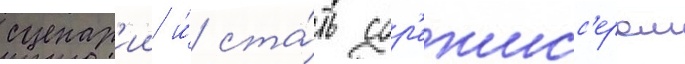
сценар'ии и́ ста́ть сор'ежисс'ером